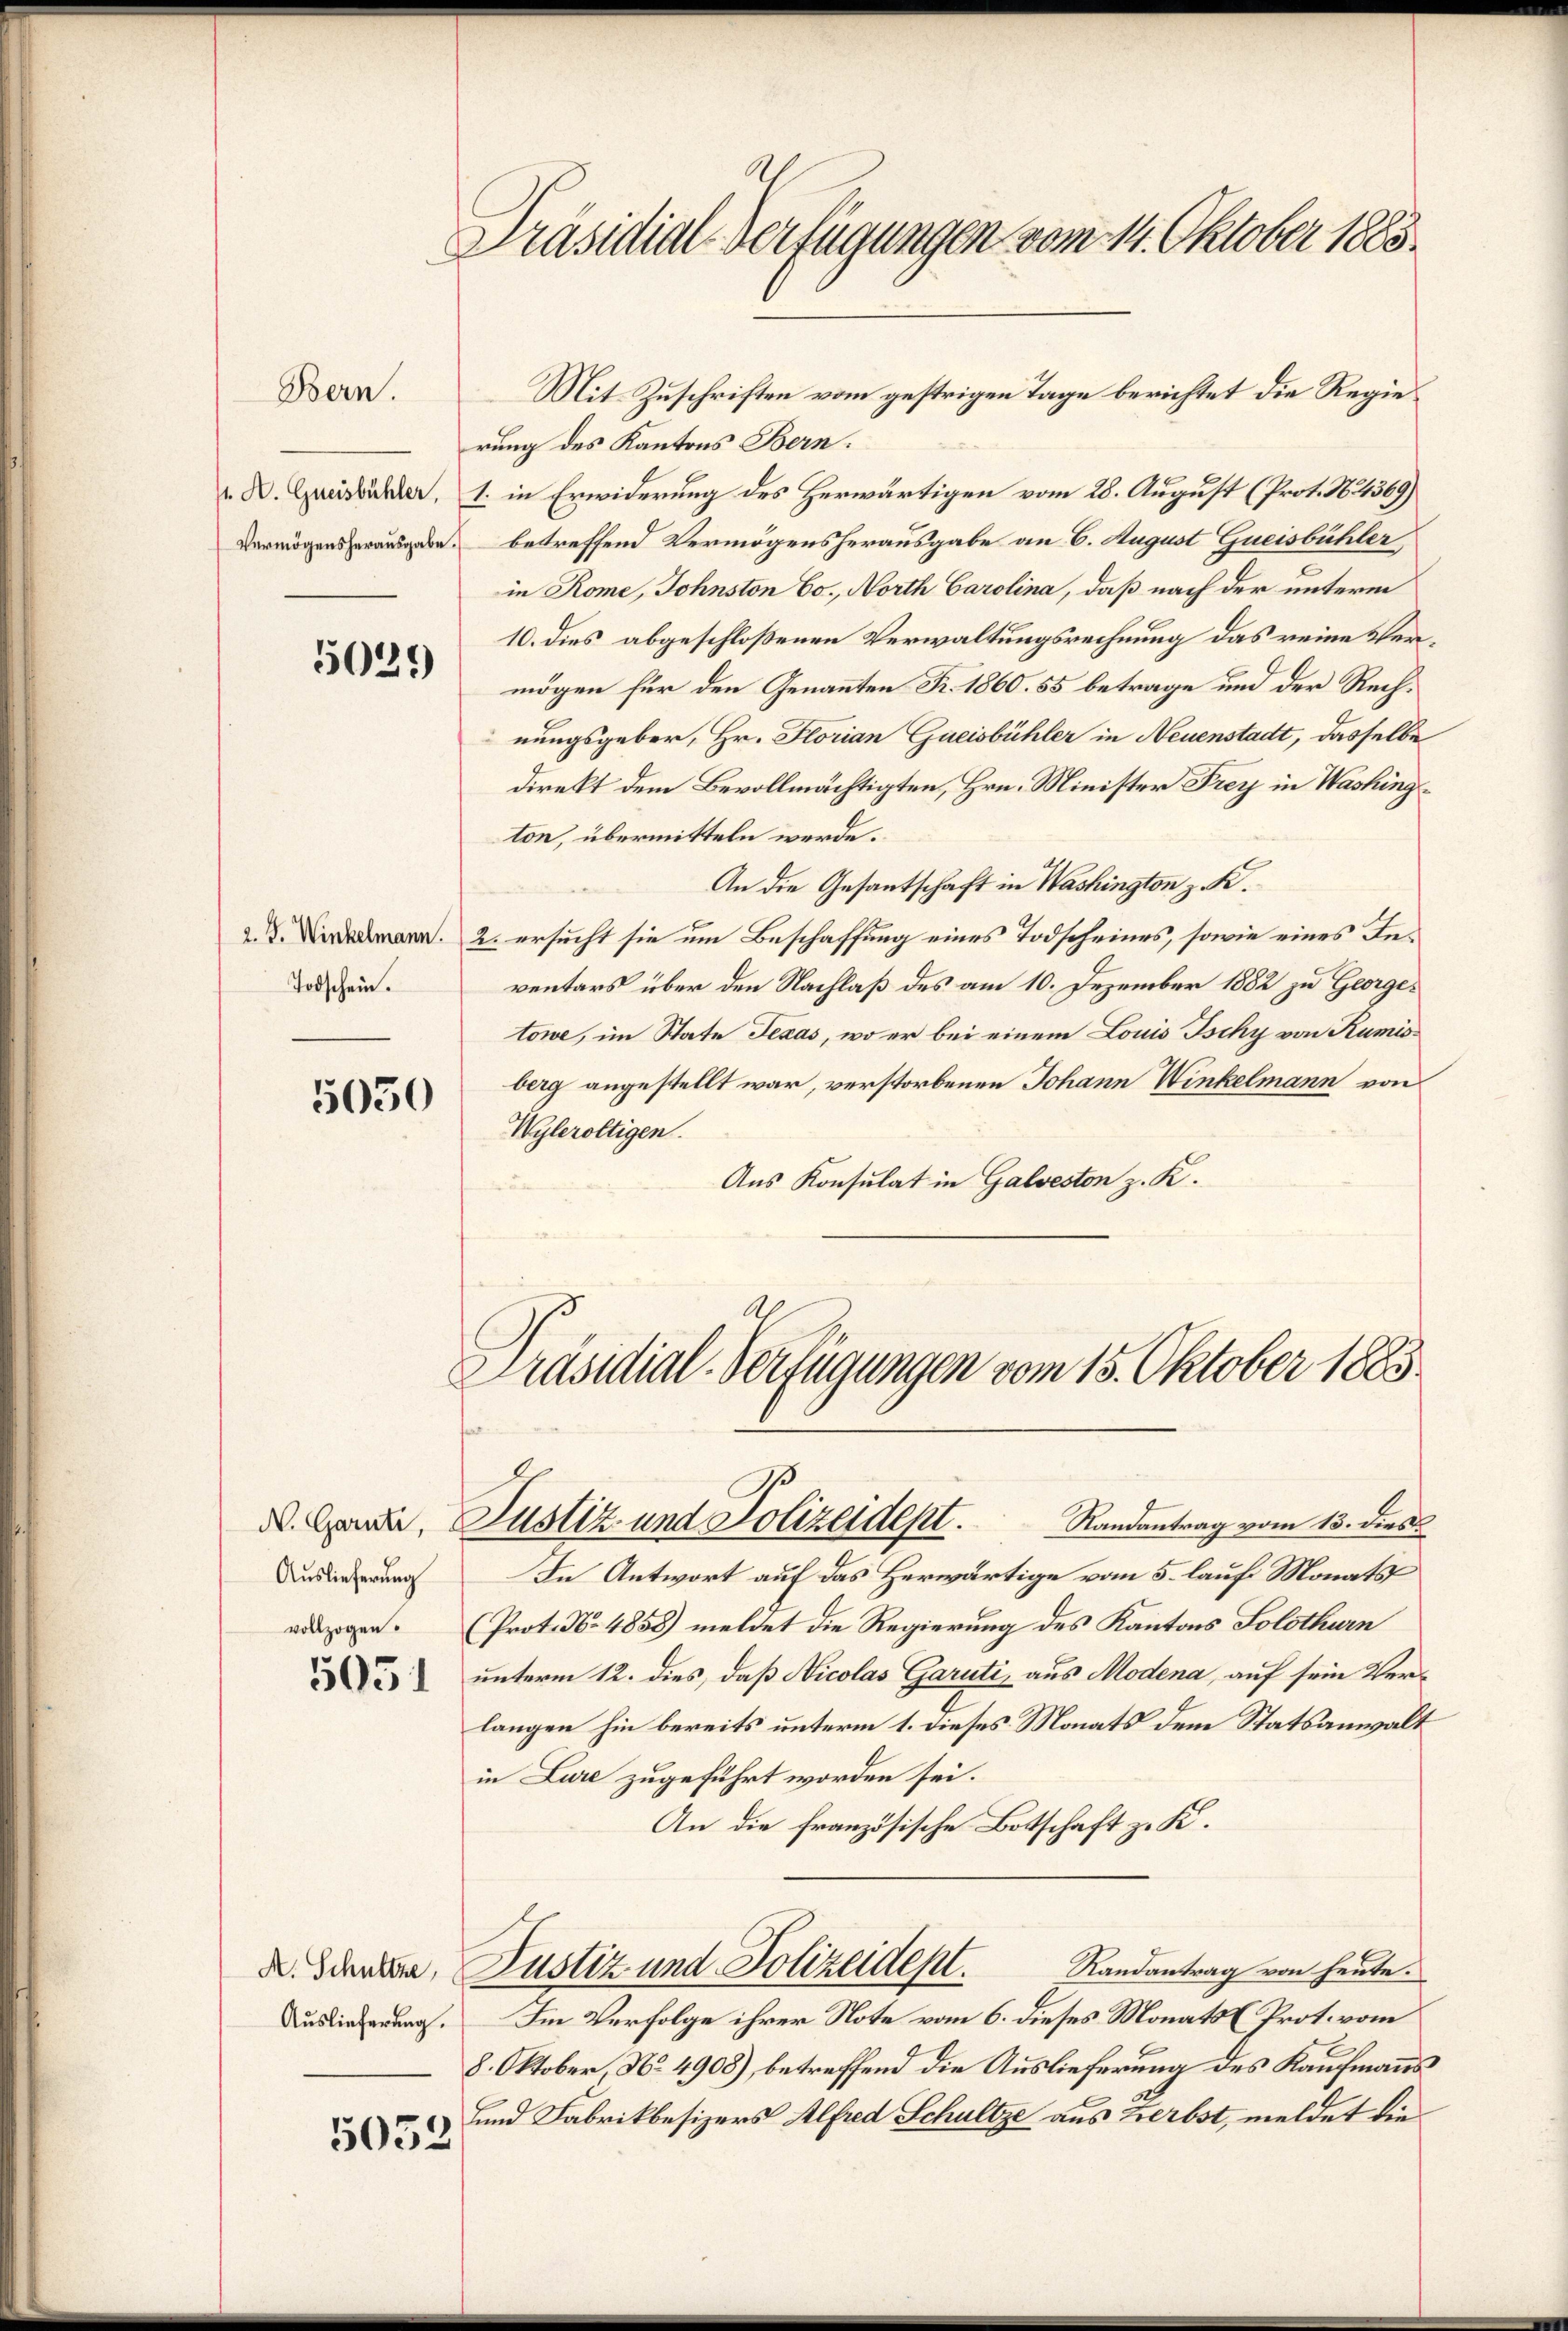
. K. Greisbühler,
Vermögensherausgabe.

Bern.

503.

Todschein.

5050

N. Garnti,
Auslieferung
vollzogen.

5051

Auslieferung.

5052

Präsidial-Verfügungen vom 14. Oktober 1883.

rung des Kantons Bern.
1. in Erwiderung des Herwärtigen vom 28. August (Prot. No. 4369)
betreffend Vermögensherausgabe an C. August Gueisbühler,
in Rome, Sohnston Co., North Carolina, daß nach der unterm
10. dies abgeschloßenen Verwaltungsrechnung das reine Vermögen für den Genannten Fr. 1860. 55 betrage und der Rechnungsgeber, Hr. Florian Gueisbühler in Neuenstadt, dasselbe
direkt dem Bevollmächtigten, Hrn. Minister Frey in Washington, übermitteln werde.
An die Gesantschaft in Washington z. K.
. 2. ersucht sie um Beschaffung eines Todscheines, sowie eines Inventars über den Nachlaß des am 10. Dezember 1882 zu Georgetowe, im State Texas, wo er bei einem Louis Ischy von Rumisberg angestellt war, verstorbenen Johann Winkelmann von
Wyleroltigen.
Aus Konsulat in Galveston z. K.
Präsidial-Verfügungen vom 15. Oktober 1883.

Justiz und Polizeidept.
Randantrag vom 13. dies

In Antwort auf das Herwärtige vom 5. lauf Monats
(Prot. No 4858) meldet die Regierung des Kantons Solothurn
unterm 12. dies, daß Nicolas Garuti, aus Modena, auf sein Verlangen hin bereits unterm 1. dieses Monats dem Statsanwalt
in Lure zugeführt worden sei.
An die französische Botschaft z. K.
X. Denker, Justiz und Polizeidept. Randantrag von heute.
Im Verfolge ihrer Note vom 6. dieses Monats [ Prot. vom
8. Oktober, No 4908), betreffend die Auslieferung des Kaufmanns
und Fabrikbesizers Alfred Schultze aus Herbst, meldet die

Mit Zuschriften vom gestrigen Tage berichtet die Regie¬